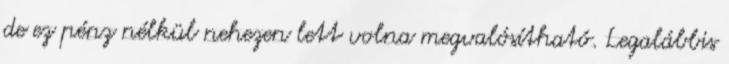
de ez pénz nélkül nehezen lett volna megvalósítható. Legalábbis